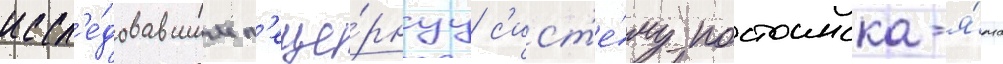
иссл'е́довавшим п'еще́рнуу с'ист'е́му постоинска-я́ма